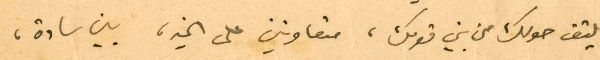
يلتف حولك من بني قومك، متعاونين على الخير، بين سادة،